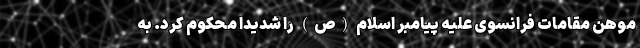
موهن مقامات فرانسوی علیه پیامبر اسلام (ص) را شدیداً محکوم کرد. به